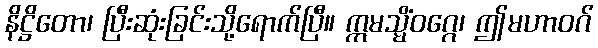
နိဋ္ဌိတော၊ ပြီးဆုံးခြင်းသို့ရောက်ပြီ။ ဣမသ္မိံဝဂ္ဂေ၊ ဤမဟာဝဂ်